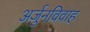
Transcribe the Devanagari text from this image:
अर्जुनविवाह